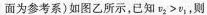
面为参考系)如图乙所示，已知则$$v_{2}＞v_{1}$$